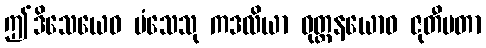
ဤဒိသေယေဝ မံသေသု ကဒလိယာ ဝုတ္တနယောဝ ဇုတီမတာ